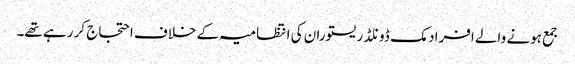
جمع ہونے والے افراد مک ڈونلڈ ریستوران کی انتظامیہ کے خلاف احتجاج کر رہے تھے۔